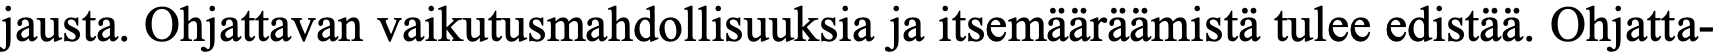
jausta. Ohjattavan vaikutusmahdollisuuksia ja itsemääräämistä tulee edistää. Ohjatta-